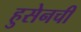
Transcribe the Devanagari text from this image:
हुसेनची